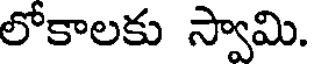
లోకాలకు స్వామి.